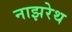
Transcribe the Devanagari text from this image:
नाझरेथ